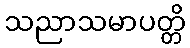
သညာသမာပတ္တိ